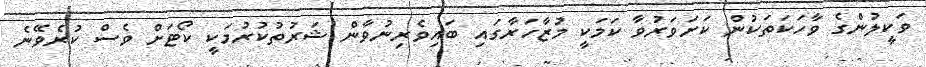
ވަކީލުންގެ ވާހަކަތަކުން ކަށަވަރުވާ ކަމަކީ މުޒާހަރާގައި ބައިވެރިނުވާން ޝަރުތުކުރުމަކީ ކޯޓަށް ވެސް ކުރެވޭނެ